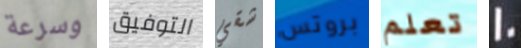
وسرعة التوفيق شقي بروتس تعلم 10